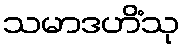
သမာဒဟိံသု